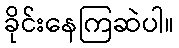
ခိုင်းနေကြဆဲပါ။